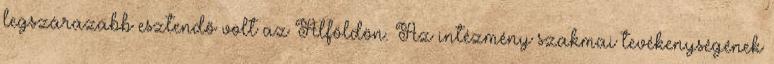
legszárazabb esztendő volt az Alföldön. Az intézmény szakmai tevékenységének